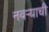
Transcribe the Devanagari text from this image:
नवऱ्याची